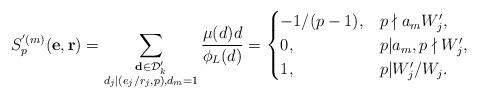
LaTeX: \begin{align*}S_p^{' (m)}(\mathbf{e},\mathbf{r})=\sum_{\substack{\mathbf{d}\in\mathcal{D}_k'\\ d_j|(e_j/r_j,p), d_m=1}}\frac{\mu(d)d}{\phi_L(d)}=\begin{cases}-1/(p-1), &p\nmid a_mW'_j,\\0, &p|a_m, p\nmid W_j',\\1, &p|W'_j/W_j.\end{cases}\end{align*}